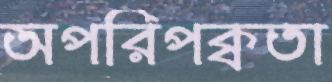
অপরিপক্বতা